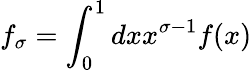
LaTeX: f_{\sigma}=\int_{0}^{1}dxx^{\sigma-1}f(x)